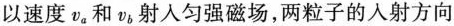
以速度v_{a}和v_{b}射入匀强磁场，两粒子的入射方向